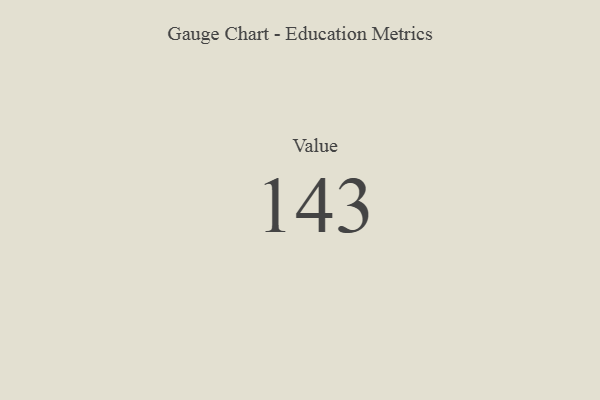
{"axis": {"x": "Metric", "y": "Value"}, "legend": [""], "data": [{"x": "Value", "y": 143, "type": ""}]}